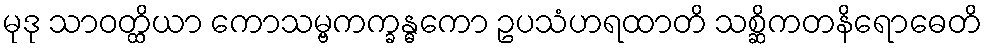
မုဒု သာဝတ္ထိယာ ကောသမ္ဗကက္ခန္ဓကော ဥပသံဟရထာတိ သစ္ဆိကတနိရောဓေတိ